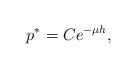
LaTeX: \begin{align*} p^*=Ce^{-\mu h},\end{align*}